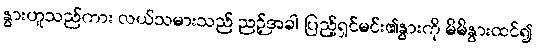
နွားဟူသည်ကား လယ်သမားသည် ညဉ့်အခါ ပြည့်ရှင်မင်း၏နွားကို မိမိနွားထင်၍